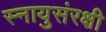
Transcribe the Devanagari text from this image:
स्नायुसंरक्षी